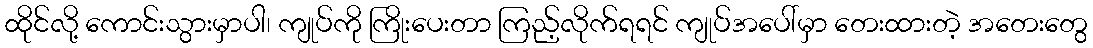
ထိုင်လို့ ကောင်းသွားမှာပါ၊ ကျုပ်ကို ကြိုးပေးတာ ကြည့်လိုက်ရရင် ကျုပ်အပေါ်မှာ တေးထားတဲ့ အတေးတွေ